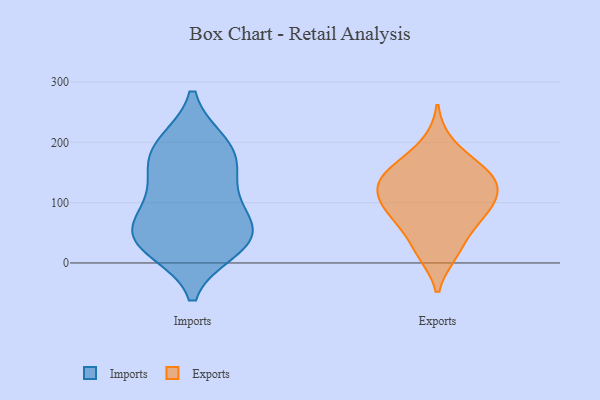
{"axis": {"x": "Budget (USD K)", "y": "Value"}, "legend": ["Exports", "Imports"], "data": [{"x": "", "y": 53, "type": "Imports"}, {"x": "", "y": 40, "type": "Imports"}, {"x": "", "y": 24, "type": "Imports"}, {"x": "", "y": 45, "type": "Imports"}, {"x": "", "y": 198, "type": "Imports"}, {"x": "", "y": 128, "type": "Imports"}, {"x": "", "y": 30, "type": "Imports"}, {"x": "", "y": 73, "type": "Imports"}, {"x": "", "y": 197, "type": "Imports"}, {"x": "", "y": 174, "type": "Imports"}, {"x": "", "y": 160, "type": "Imports"}, {"x": "", "y": 100, "type": "Imports"}, {"x": "", "y": 143, "type": "Exports"}, {"x": "", "y": 77, "type": "Exports"}, {"x": "", "y": 156, "type": "Exports"}, {"x": "", "y": 60, "type": "Exports"}, {"x": "", "y": 157, "type": "Exports"}, {"x": "", "y": 16, "type": "Exports"}, {"x": "", "y": 126, "type": "Exports"}, {"x": "", "y": 72, "type": "Exports"}, {"x": "", "y": 115, "type": "Exports"}, {"x": "", "y": 198, "type": "Exports"}, {"x": "", "y": 93, "type": "Exports"}, {"x": "", "y": 151, "type": "Exports"}, {"x": "", "y": 117, "type": "Exports"}, {"x": "", "y": 18, "type": "Exports"}, {"x": "", "y": 107, "type": "Exports"}]}